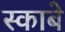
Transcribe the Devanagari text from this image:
स्काबे